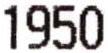
1950